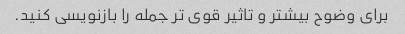
برای وضوح بیشتر و تاثیر قوی تر جمله را بازنویسی کنید.